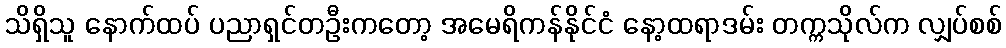
သိရှိသူ နောက်ထပ် ပညာရှင်တဦးကတော့ အမေရိကန်နိုင်ငံ နော့ထရာဒမ်း တက္ကသိုလ်က လျှပ်စစ်